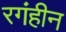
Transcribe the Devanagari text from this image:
रगंहीन